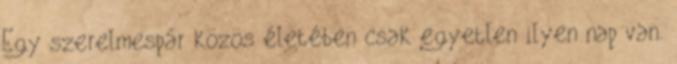
Egy szerelmespár közös életében csak egyetlen ilyen nap van.